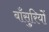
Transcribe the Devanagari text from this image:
बाँसुरियों